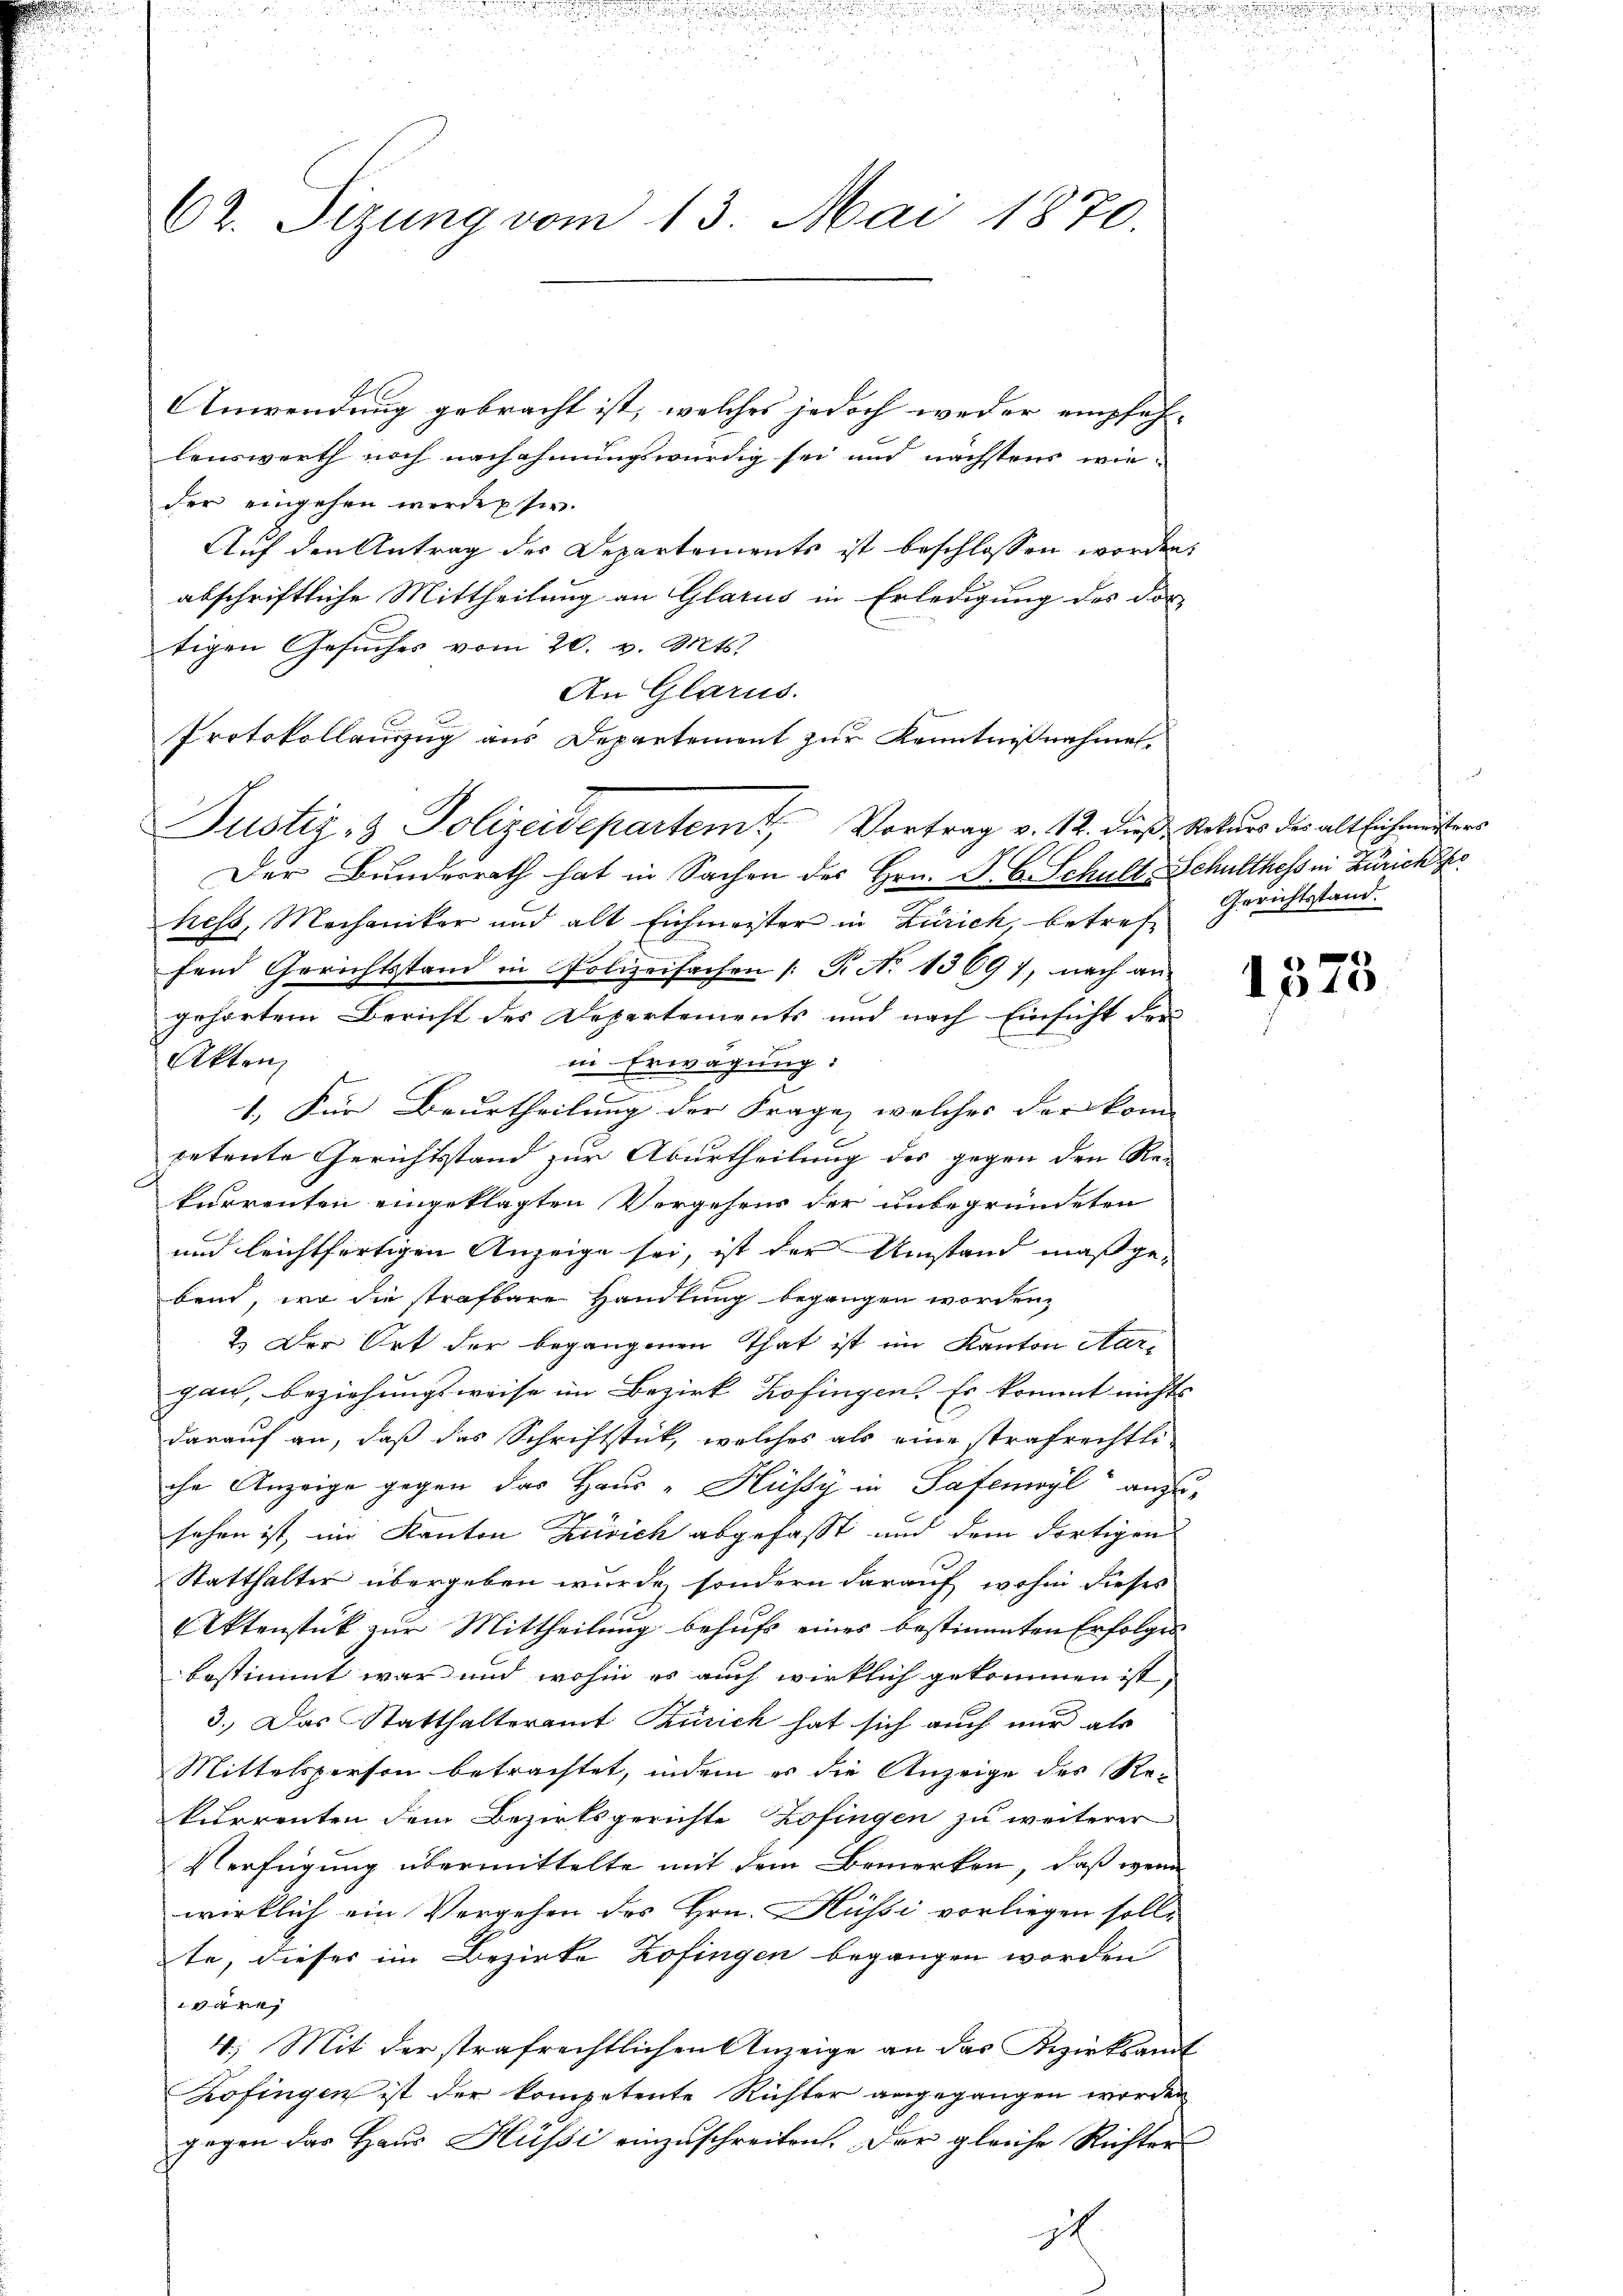
Anwendung gebracht ist, welches jedoch weder empfehlenswerth noch nachahmungswürdig sei und nächstens wie-
der eingehen werde sie.
Auf den Antrag des Departements ist beschlossen worden.
abschriftliche Mittheilung an Glarus in Erledigung des dor-
tigen Gesŭches vom 20. v. Mts.
An Glarus.
Protokollauszug aus Departement zur Kenntnißnahmen.
Der Bundesrath hat in Sachen des Hrn. F. C. Schult-Schulthess in Zürich h
hess, Mechaniker und alt Eichmeister in Zürich, betref Gerichtsstand.
fend Gerichtsstand in Polizeifachen (T. No 1369), nach an-
gehörtem Bericht des Departements und nach Einsicht der
Akten,
in Erwägung:
1.) Für Beurtheilung der Frage, welches der kom-
petente Gerichtsstand zur Aburtheilung des gegen den Re-
kurrenten eingeklagten Vorgehens der unbegründeten
und leichtfertigen Anzeige sei, ist der Umstand maßgebend, wo die strafbare Handlung begangen worden,
2.) Der Ort der begangenen That ist im Kanton Aar-
gan, beziehungsweise im Bezirk Zofingen. Es kommt nichts
darauf an, daß das Schriftstick, welches als eine strafrechtli
che Anzeige gegen das Haus- Hüssy in Safemyl anzu-
sehen ist, im Kanton Zusich abgefasst und dem dortigen
Statthalter übergeben wurde, sondern darauf, wohin dieses
Aktenstück zur Mittheilung behufs eines bestimmten Erfolges
bestimmt war und wohin es auch wirklich gekommen ist,
3.) Das Statthalteramt Zürich hat sich auch nur als
Mittelsperson betrachtet, indem er die Anzeige des Rekurrenten dem Bezirksgerichte Zofingen zu weiterer
Verfügung übermittelte mit dem Bemerken, daß wenn
wirklich ein Vergehen des Hrn. Küssi vorliegen solle
te, dieser im Bezirke Zofingen begangen worden
1
4.) Mit der strafrechtlichen Anzeige an das Bezirksandt
Zofingen ist der kompetente Richter angegangen worden
gegen das Haus Hüssi einzuschreiten. Der gleiche Richter-
1

62. Sizung vom 13. Mai 1870.

Justiz- & Polizeidepartemt, Vortrag v. 12. dieß, Rekurs der alt Eichmessers

1
173